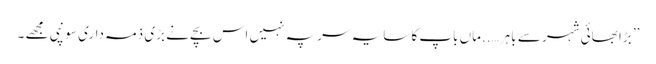
’’ بڑا بھائی شہر سے باہر…..ماں باپ کا سایہ سر پہ نہیں اس بچے نے بڑی ذمہ داری سونپی مجھے ۔